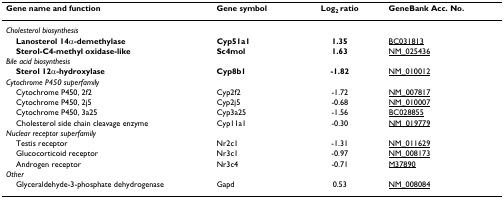
| Gene name and function | Gene symbol | Log2 ratio | GeneBank Acc. No. |
 | --- | --- | --- | --- |
 | Cholesterol biosynthesis |  |  |  |
 | Lanosterol 14α-demethylase | Cyp51a1 | 1.35 | BC031813 |
 | Sterol-C4-methyl oxidase-like | Sc4mol | 1.63 | NM_025436 |
 | Bile acid biosynthesis |  |  |  |
 | Sterol 12α-hydroxylase | Cyp8b1 | -1.82 | NM_010012 |
 | Cytochrome P450 superfamily |  |  |  |
 | Cytochrome P450, 2f2 | Cyp2f2 | -1.72 | NM_007817 |
 | Cytochrome P450, 2j5 | Cyp2j5 | -0.68 | NM_010007 |
 | Cytochrome P450, 3a25 | Cyp3a25 | -1.56 | BC028855 |
 | Cholesterol side chain cleavage enzyme | Cyp11a1 | -0.30 | NM_019779 |
 | Nuclear receptor superfamily |  |  |  |
 | Testis receptor | Nr2c1 | -1.31 | NM_011629 |
 | Glucocorticoid receptor | Nr3c1 | -0.97 | NM_008173 |
 | Androgen receptor | Nr3c4 | -0.71 | M37890 |
 | Other |  |  |  |
 | Glyceraldehyde-3-phosphate dehydrogenase | Gapd | 0.53 | NM_008084 |